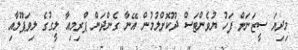
މިދިޔަ ސީޒަނަށް ފަހު ޔުވެންޓަސް ދޫކޮށްލުމުން އޭނާ ގެންދަން ޕްރިމިއާ ލީގުގެ ލިވަޕޫލާއި